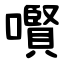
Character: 㘋